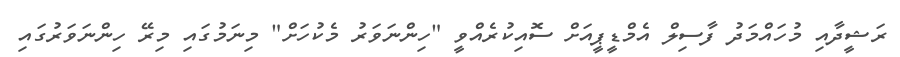
ރަޝީދާއި މުހައްމަދު ފާސިލް އެމްޑީޕީއަށް ސޮއިކުރެއްވީ "ހިންނަވަރު މެކުހަށް" މިނަމުގައި މިރޭ ހިންނަވަރުގައި